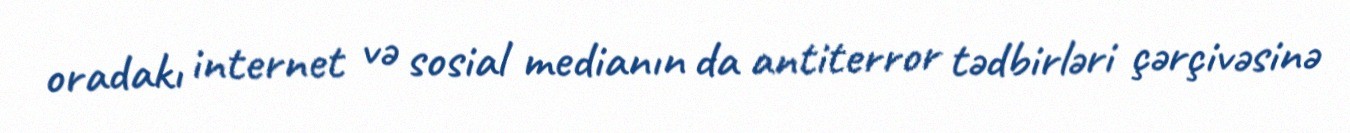
oradakı internet və sosial medianın da antiterror tədbirləri çərçivəsinə